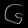
Digit: ၆